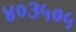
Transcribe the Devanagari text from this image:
४०३५०५